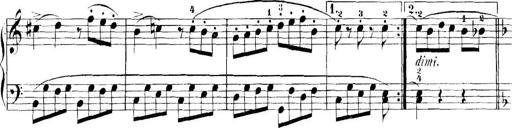
Title: 11 Sonatinas
Composer: Anton Diabelli